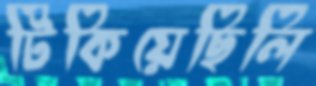
টিকিয়েছিলি